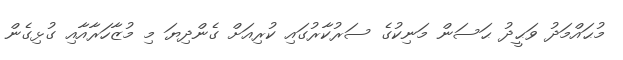
މުޙައްމަދު ވަޙީދު ޙަސަން މަނިކުގެ ސަރުކާރުގައި ކުރިއަށް ގެންދިޔަ މި މުޒާހަރާއާއި ގުޅިގެން